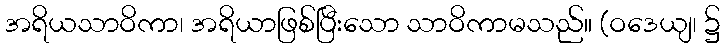
အရိယသာဝိကာ၊ အရိယာဖြစ်ပြီးသော သာဝိကာမသည်။ (ဝဒေယျ၊ ၌